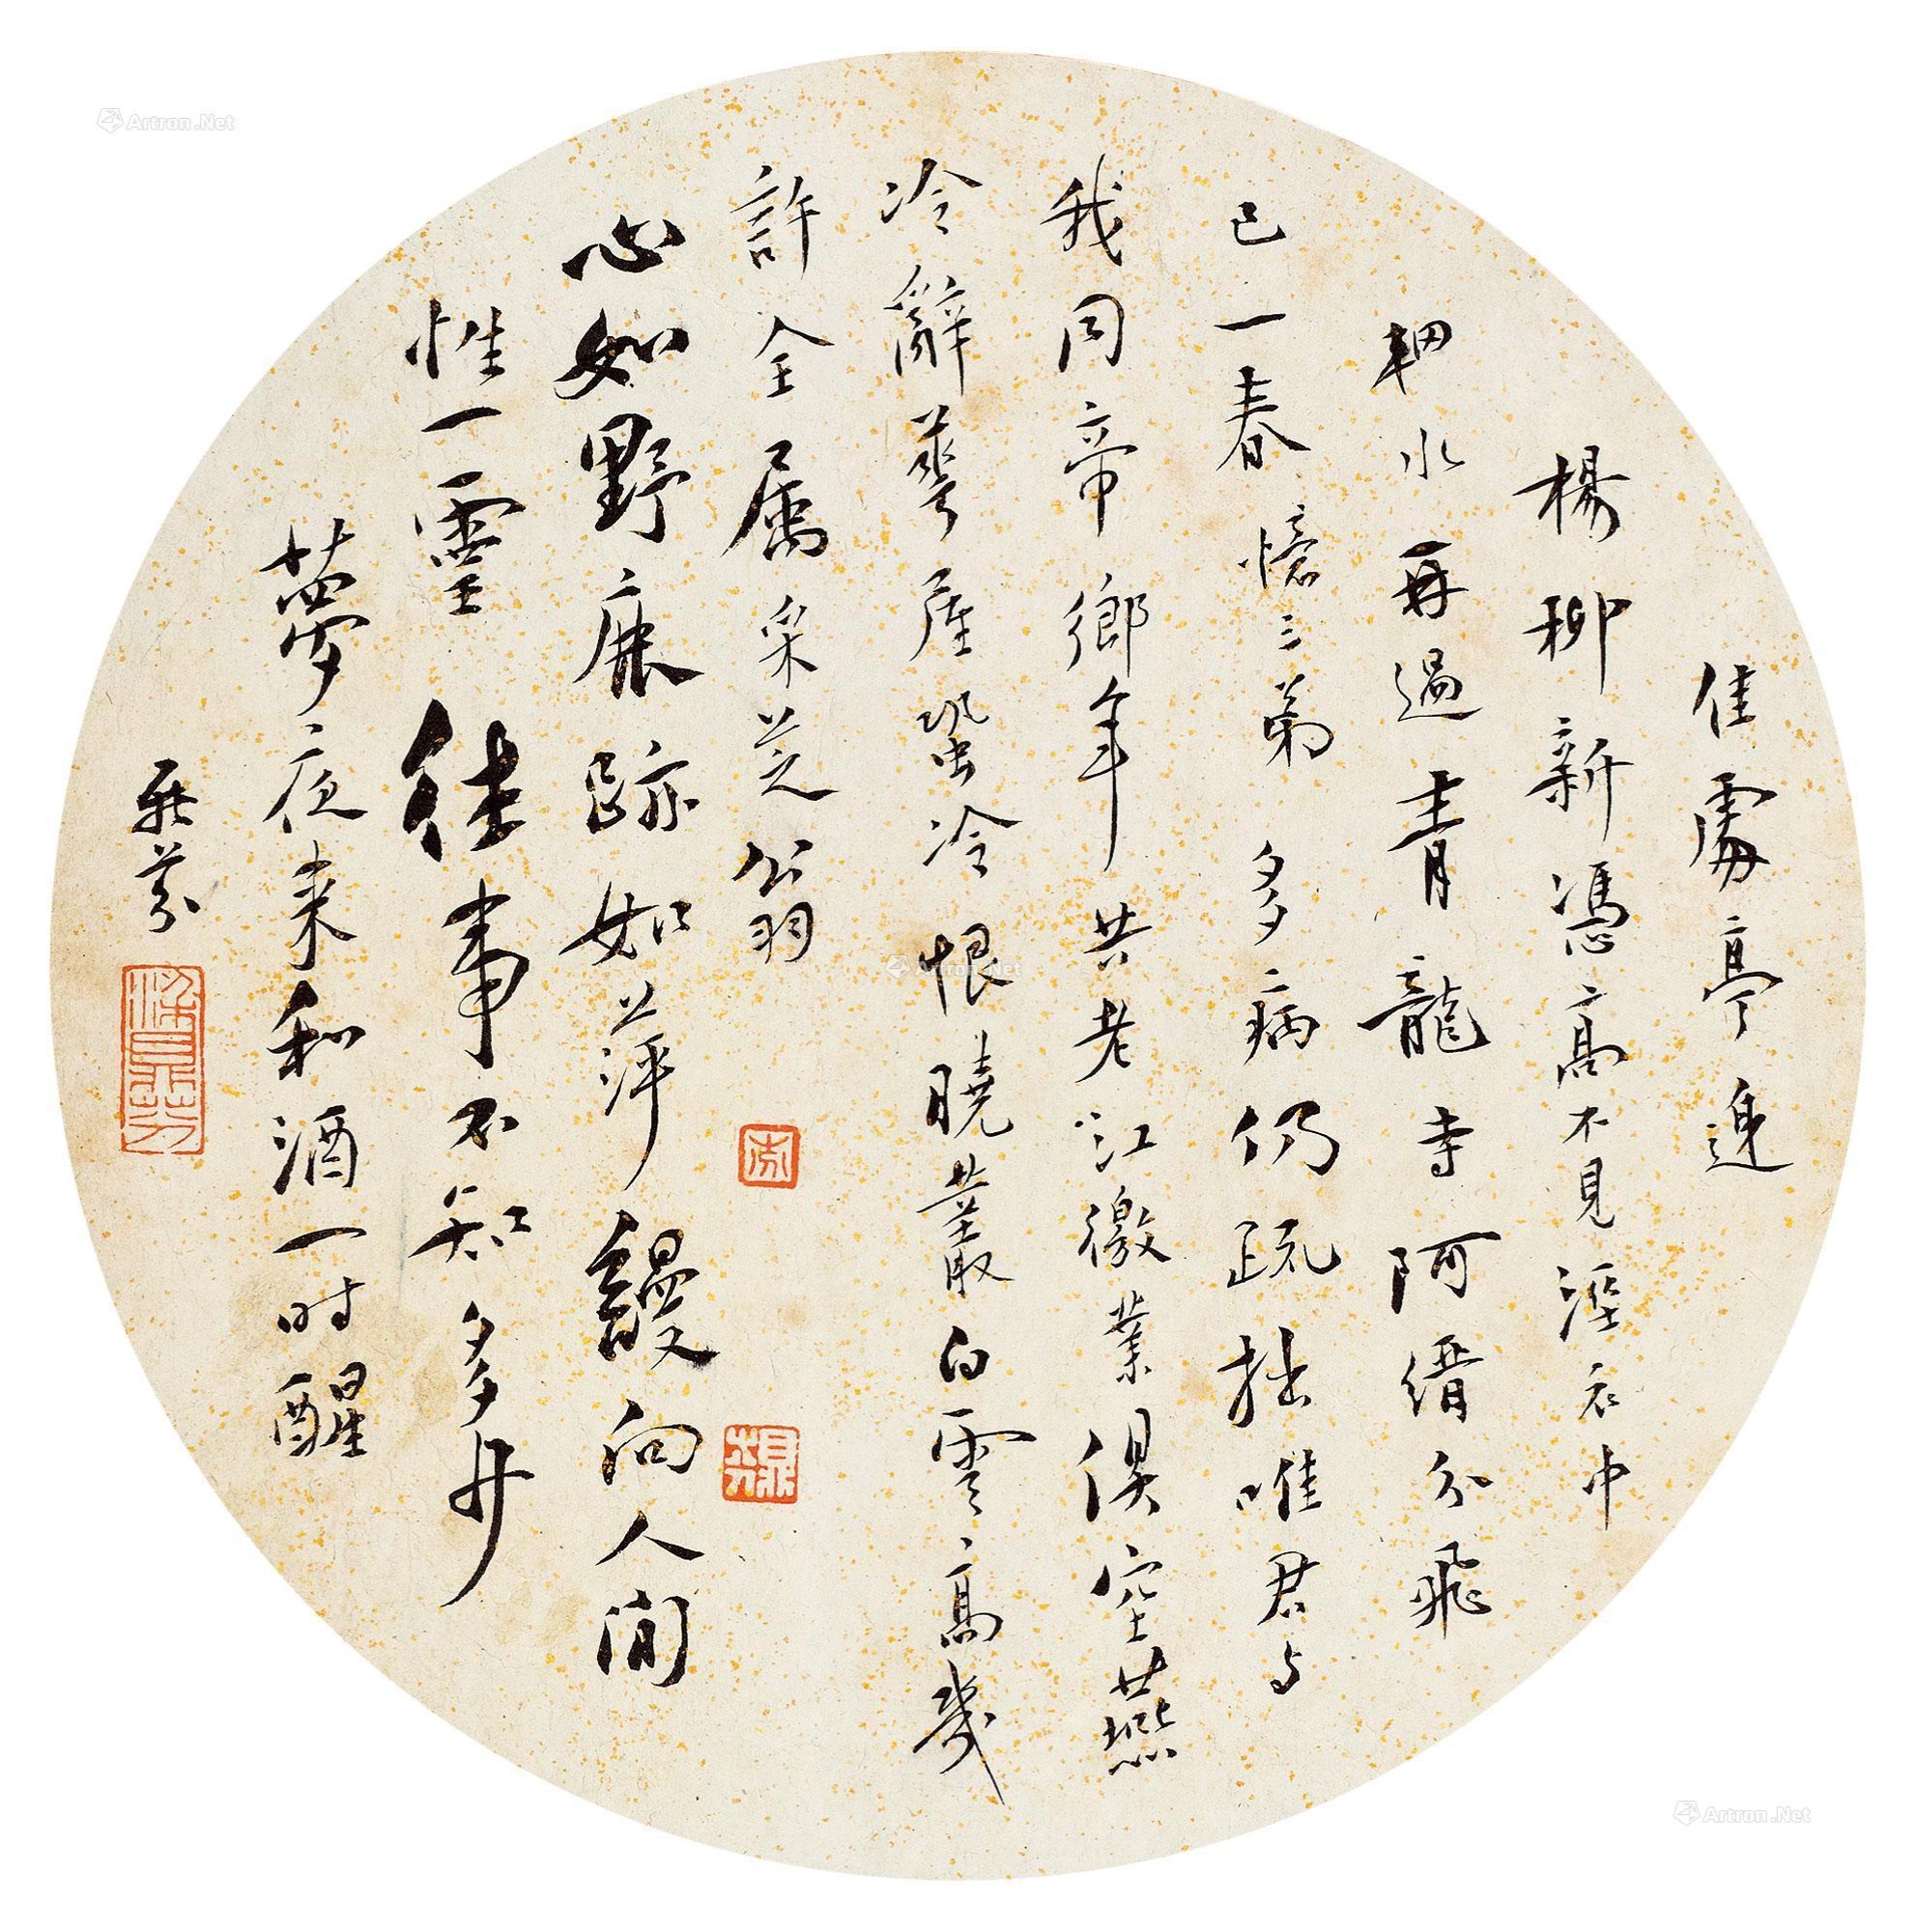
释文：佳处亭边杨柳新，凭高不见湿衣中。辋水再过青龙寺，阿缙分飞已一春。——（忆三弟）。多病仍疏拙，唯君与我同。帝乡年共老，江徼业俱空。燕冷辞华屋，蛩冷恨晓丛。白云高几许，全属采芝翁。心如野鹿迹如萍，谩向人间性一灵。往事不知多少梦，夜来和酒一时醒。鼎芬。